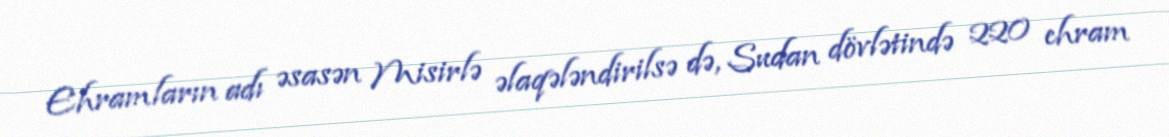
Ehramların adı əsasən Misirlə əlaqələndirilsə də, Sudan dövlətində 220 ehram